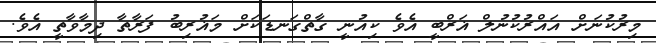
މިރުކުނަށް އައްރުކުނުލް ޣަރްބީ އެވެ ކިއުނީ ގާތްގަނޑަކަށް މަޣުރިބު ފަރާތާ ދިމާވާތީ އެވެ.